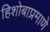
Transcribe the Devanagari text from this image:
हिशोबाप्रमाणे